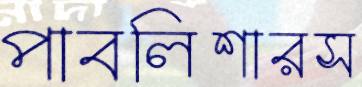
পাবলিশারস